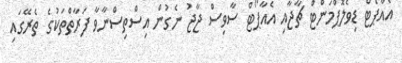
އެއާޕޯޓް ޑިވެލޮޕްމަންޓް ޗާޖާއި އެއާޕޯޓް ސާވިސް ޖާޖު ނެގުން އިސްތިސްނާވާ ފަރާތްތަކުގެ ތެރޭގައި